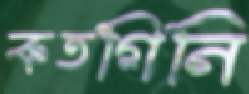
কতগিনি